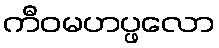
ကီဝမဟပ္ဖလော